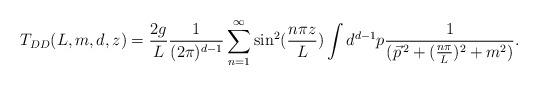
LaTeX: \begin{align*}T_{DD}(L,m,d,z)=\frac{2g}{L}\frac{1}{(2\pi)^{d-1}}\sum_{n=1}^{\infty}\sin^{2}(\frac{n\pi z}{L})\int d^{d-1}p\frac{1}{(\vec{p}^{\,2}+(\frac{n\pi}{L})^{2}+m^{2})}.\end{align*}